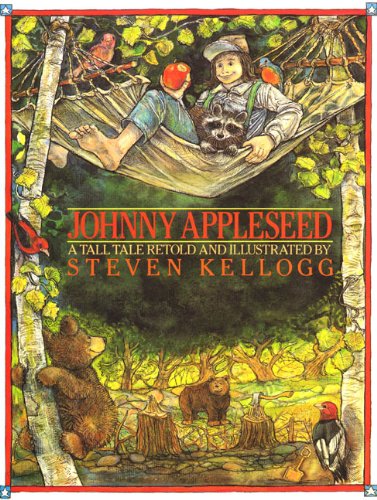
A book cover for Johnny Appleseed Big Book; Steven Kellogg; Children's Books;